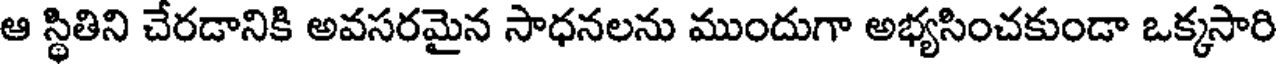
ఆ స్థితిని చేరడానికి అవసరమైన సాధనలను ముందుగా అభ్యసించకుండా ఒక్కసారి